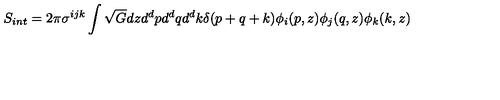
S _ { i n t } = 2 \pi \sigma ^ { i j k } \int \sqrt { G } d z d ^ { d } p d ^ { d } q d ^ { d } k \delta ( p + q + k ) \phi _ { i } ( p , z ) \phi _ { j } ( q , z ) \phi _ { k } ( k , z )